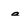
Character: a